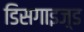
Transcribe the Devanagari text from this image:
डिसगाइज़्ड